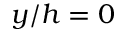
y / h = 0